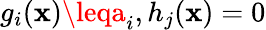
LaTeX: g_{i}(\mathbf{x})\leqa_{i},h_{j}(\mathbf{x})=0